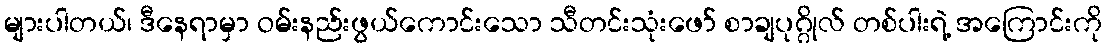
များပါတယ်၊ ဒီနေရာမှာ ဝမ်းနည်းဖွယ်ကောင်းသော သီတင်းသုံးဖော် စာချပုဂ္ဂိုလ် တစ်ပါးရဲ့ အကြောင်းကို